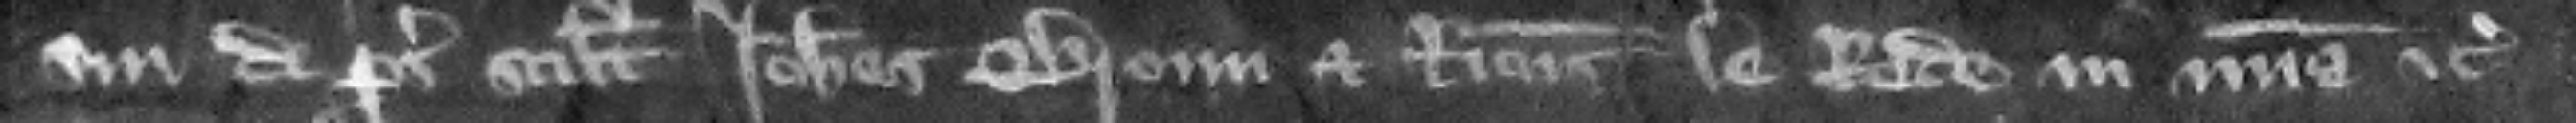
sui de prosequendo scilicet Iohannes Broun et Ricardus le Rede in misericordia etc.